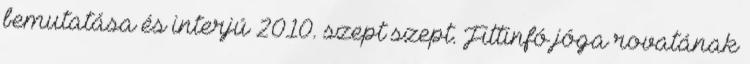
bemutatása és interjú 2010. szept szept. Fittinfó jóga rovatának